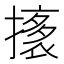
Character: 𭢟